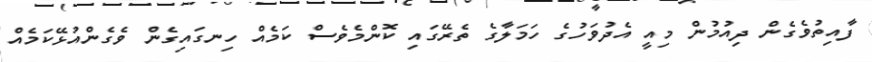
ފާއިތުވެގެން ދިއުމުން މިއީ އެދުވަހުގެ ހަމަލާގެ ތެރޭގައި ކޮންމެވެސް ކަމެއް ހިނގައިގެން ވެގެންއުޅޭކަމެއް